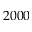
2 0 0 0